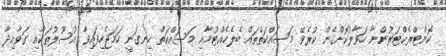
ކޮންޓްރެކްޓަރުންނާ ހަވާލުކޮށްގެން ކުރެވޭ މަސައްކަތްތައް ބެލެހެއްޓުމާއި މަސައްކަތް ހިނގަނީ ހަމަޖެހިފައިވާ އުސޫލުތަކާއި ގަވާއިދާ